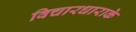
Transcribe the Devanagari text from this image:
विचारधाराके